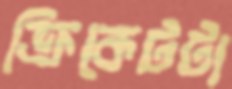
ক্রিকেটটা